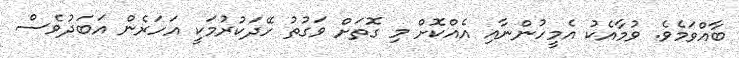
ބާއްވަމެވެ. ވުމާއެކު އެމީހުންނާއި އެއްކޮށް މި ގޮތަށް ވަގުތު ހޭދަކުރުމަކީ އަހަރެން އަބަދުވެސް